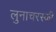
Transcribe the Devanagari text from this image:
लुनाचरस्की